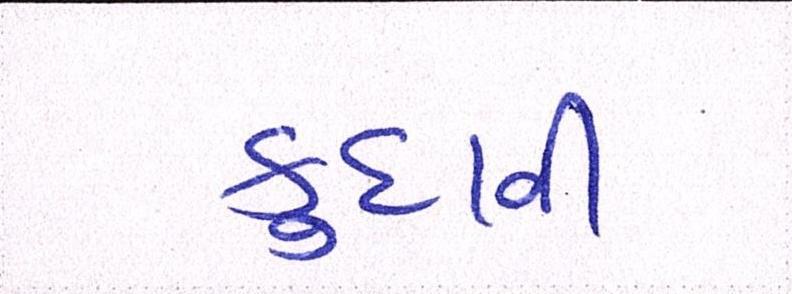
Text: કુદાવી